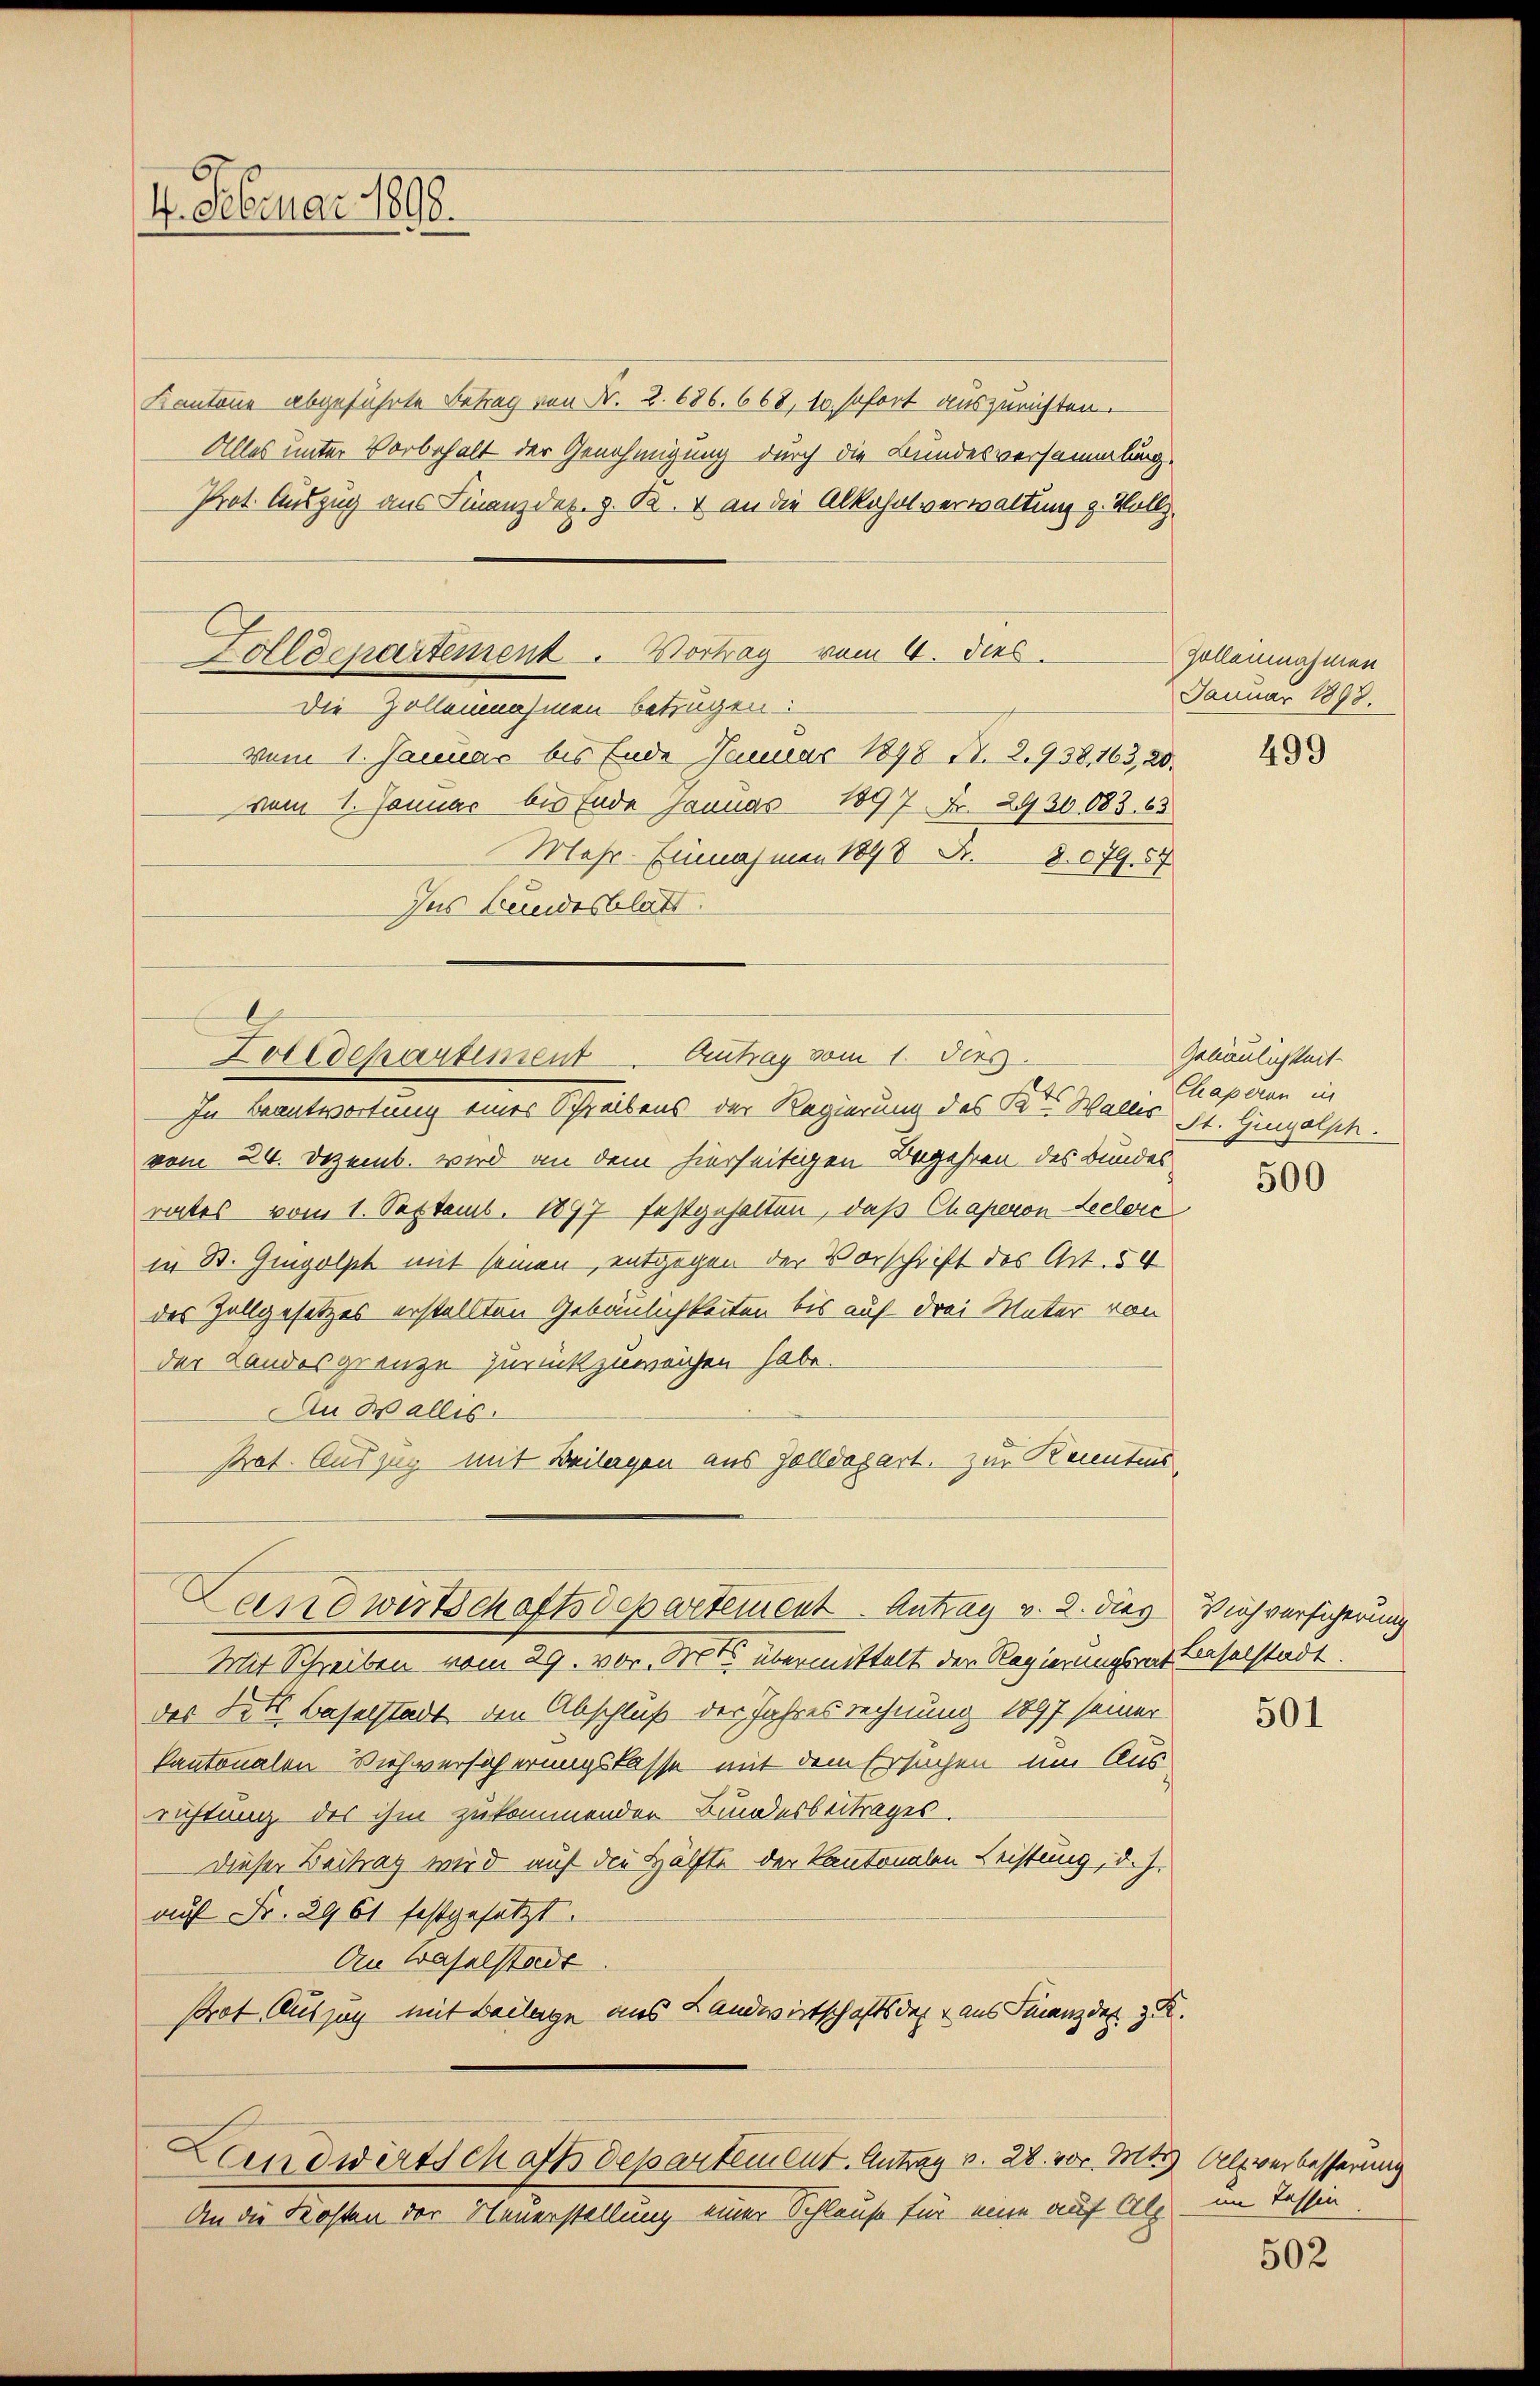
4. Februar 1898.

Kantone abgeführte Betrag von Fr. 2. 686. 668, 10. sofort auszurichten.
Alles unter Vorbehalt der Genehmigung durch die Bundesversammlung
Prot. Auszug aus Finanzdex. z. B. an die Alkoholverwaltung z. Vollz

Zolldepartement. Vortrag vom 4. dies
Die Zollennahmen betrügen:

vom 1. Januar bis Ende Januar 1898 N. 2.938, 163, 20.
vom 1. Januar bis Ende Januar 1897 Fr. 2930083. 63
Mehr- Einnahmen 1898 Fr. 8079. 57
Ins Bundesblatt.

In Beantwortung eines Schreibens der Regierung des Kt. Wallis ist. Gingelsch.
vom 24. Dezemb. wird an dem hierseitigen Begehren des Bundes
rates vom 1. Septemb. 1897 festgehalten, daß Chaperon Leclere
in St. Gingolph mit seinen entgegen der Vorschrift des Art. 54
des Zollgesetzes erstellten Gebäulichkeiten bis auf drei Mater von
der Landesgrenze zurückzuweichen habe.
An Wallis.
Pot. Auszug mit Beilagen aus Zolldegart, zur Kenntens

Zolldepartement. Antrag vom 1. dies

Landwirtschaftsdepartement. Antrag v. 2. dies Viehversicherung

Mit Schreiben vom 29. vor. Mts. übermittelt der Regierungsrat Baselstadt.
des Fels Baselstadt den Abschluß der Jahresrechnung 1897 seiner
kantonalen Viehversicherungslasse mit dem Ersuchen um Aus
richtung des ihm zukommender Bundesbeitrages
Dieser Beitrag wird auf die Hälfte der Kantonalen Leistung, d. J.
auf Fr. 3961 festgesetzt.
An Waselstadt
Prot. Auszug mit Beilage aus Landwirtschaftsdest aus Finanz des zu.
Landwirtschaftsdepartement. Antrag v. 28. vor. Mts. Alsverbesserung
An die Kosten der Neuerstellung einer Schlause für eine auf Als im Tessin

Zollennahmen
Januar 1898.

499

Gebäulichkeit.
Chaperan in

500

501

502